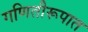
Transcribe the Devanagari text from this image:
गणितीरूपात